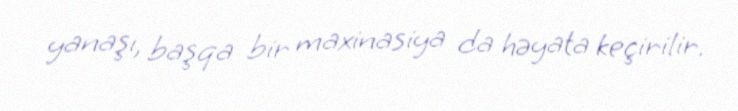
yanaşı, başqa bir maxinasiya da həyata keçirilir.